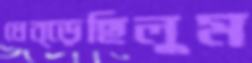
ধেব্‌ড়েছিলুম